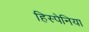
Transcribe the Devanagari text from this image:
हिस्पेनिया